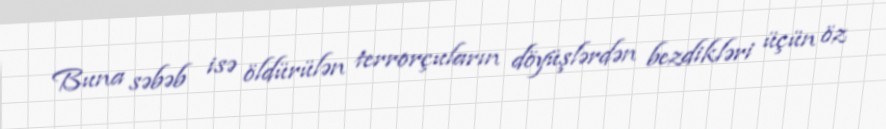
Buna səbəb isə öldürülən terrorçuların döyüşlərdən bezdikləri üçün öz